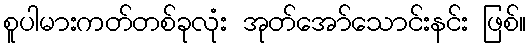
စူပါမားကတ်တစ်ခုလုံး အုတ်အော်သောင်းနင်း ဖြစ်။